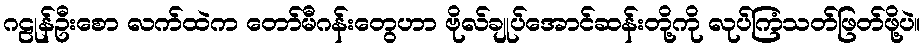
ဂဠုန်ဦးစော လက်ထဲက တော်မီဂန်းတွေဟာ ဗိုလ်ချုပ်အောင်ဆန်းတို့ကို လုပ်ကြံသတ်ဖြတ်ဖို့ပဲ။